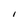
Character: I